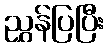
ညွှန်ပြပြီး